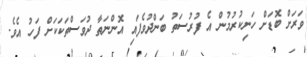
ވަރަށް ބޮޑަށް ހަނިކުރުމުން އެ ފުރުސަތު ބަންދުވެފައި އޮންނަތާ ދުވަސްތަކަކަށް ފަހު އެވެ.